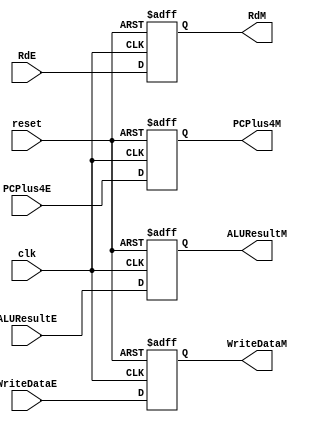
/*
	Name: Pipeline register between Datapath Execution and Memory Access Stage
*/



module IEx_IMem (clk, reset, ALUResultE, WriteDataE, RdE, PCPlus4E, ALUResultM, WriteDataM, RdM, PCPlus4M);
	
	input clk, reset;
	input [31:0] ALUResultE, WriteDataE;
	input [4:0] RdE;
	input [31:0] PCPlus4E;
	output reg [31:0] ALUResultM, WriteDataM;
	output  reg[4:0] RdM;
	output reg[31:0] PCPlus4M;

always @( posedge clk, posedge reset ) begin 
    if (reset) begin
        ALUResultM <= 0;
        WriteDataM <= 0;
        RdM <= 0; 
        PCPlus4M <= 0;
    end

    else begin
        ALUResultM <= ALUResultE;
        WriteDataM <= WriteDataE;
        RdM <= RdE; 
        PCPlus4M <= PCPlus4E;        
    end
    
end

endmodule